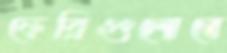
ফেরিগুলোতে